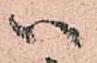
ハ